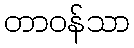
တာဝန်သာ